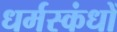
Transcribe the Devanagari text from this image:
धर्मस्कंधों